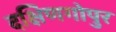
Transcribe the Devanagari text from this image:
दक्षिणगोपुर